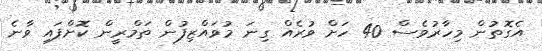
އެގޮތުން މިހާރުވެސް 40 ހަށް ވުރެއް ގިނަ މުވައްޒިފުން ތަމްރީން ކޮށްފައި ވާނެ